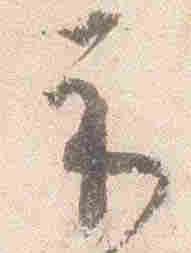
示